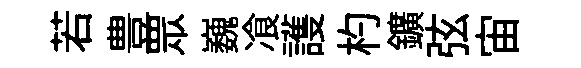
若豊眾巍飡護杓鑛弦宙